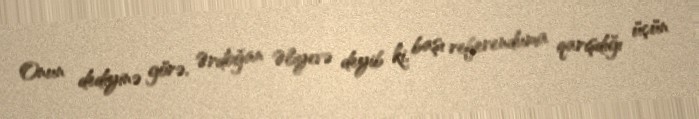
Onun dediyinə görə, Ərdoğan Əliyevə deyib ki, başı referenduma qarışdığı üçün